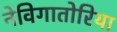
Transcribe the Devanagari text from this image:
नेविगातोरिया